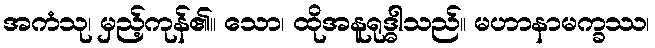
အကံသု၊ မှည့်ကုန်၏။ သော၊ ထိုအနူရုဒ္ဓါသည်။ မဟာနာမက္ခဿ၊